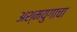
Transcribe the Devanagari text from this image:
अश्मयुगाचा